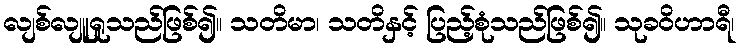
လျစ်လျူရှုသည်ဖြစ်၍။ သတိမာ၊ သတိနှင့် ပြည့်စုံသည်ဖြစ်၍။ သုခဝိဟာရီ၊